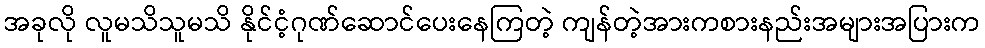
အခုလို လူမသိသူမသိ နိုင်ငံ့ဂုဏ်ဆောင်ပေးနေကြတဲ့ ကျန်တဲ့အားကစားနည်းအများအပြားက